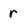
Character: r